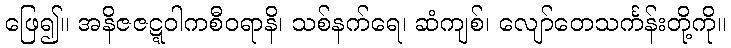
ဖြေ၍။ အနိဇဇဋ္ဋဝါကစီဝရာနိ၊ သစ်နက်ရေ၊ ဆံကျစ်၊ လျော်တေသင်္ကန်းတို့ကို။